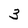
Character: 3